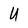
Character: U